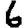
Digit: 6